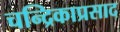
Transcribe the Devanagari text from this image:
चन्द्रिकाप्रसाद